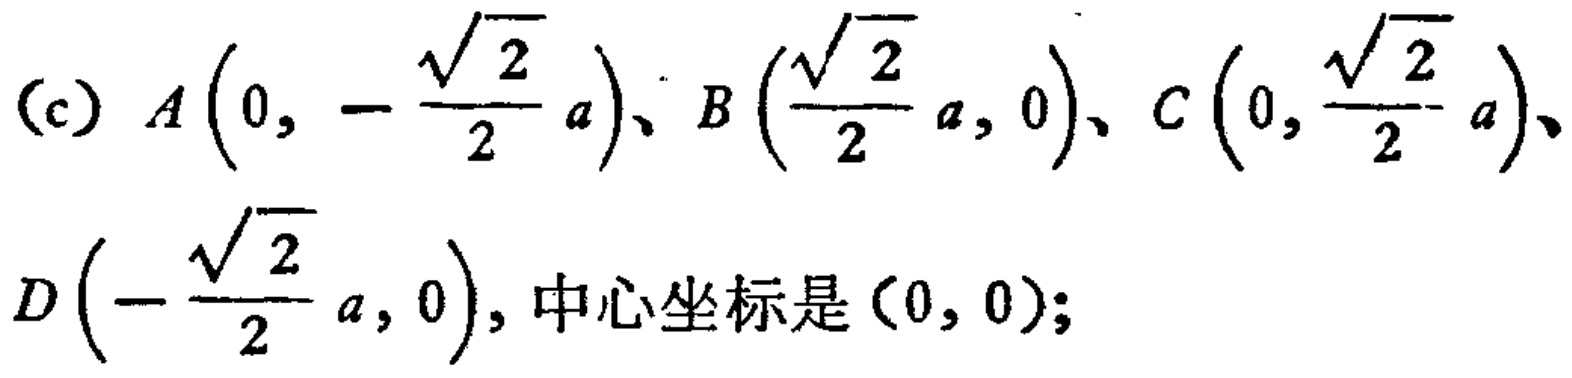
(c) \(A\left(0, -\frac{\sqrt{2}}{2}a\right)\)、\(B\left(\frac{\sqrt{2}}{2}a, 0\right)\)、\(C\left(0, \frac{\sqrt{2}}{2}a\right)\)、\(D\left(-\frac{\sqrt{2}}{2}a, 0\right)\)，中心坐标是\((0, 0)\)；